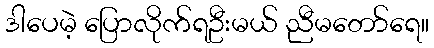
ဒါပေမဲ့ ပြောလိုက်ရဦးမယ် ညီမတော်ရေ။